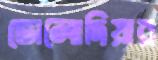
ভোলোদিয়ার